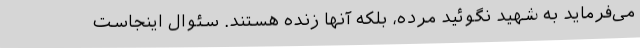
می‌فرماید به شهید نگوئید مرده، بلکه آنها زنده هستند. سئوال اینجاست